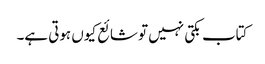
کتاب بکتی نہیں تو شائع کیوں ہوتی ہے۔